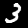
Digit: 3